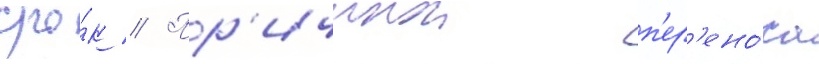
сро́к // Пр'ичинои п'ер'ено́са